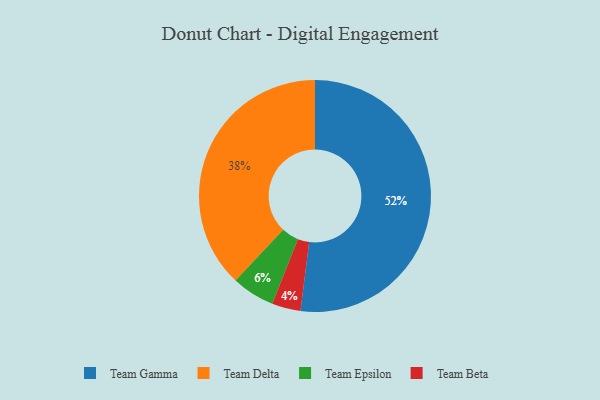
{"axis": {"x": "Category", "y": "Percentage"}, "legend": ["Team Beta", "Team Delta", "Team Epsilon", "Team Gamma"], "data": [{"x": "Team Epsilon", "y": 6, "type": "Team Epsilon"}, {"x": "Team Beta", "y": 4, "type": "Team Beta"}, {"x": "Team Gamma", "y": 52, "type": "Team Gamma"}, {"x": "Team Delta", "y": 38, "type": "Team Delta"}]}